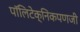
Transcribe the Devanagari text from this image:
पॉलिटेक्निकपणजी